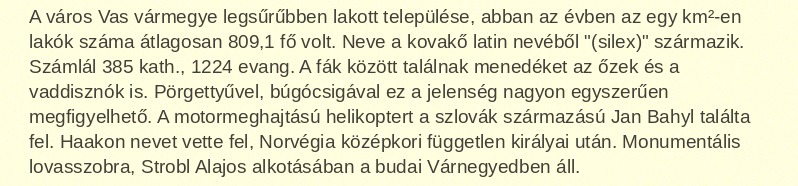
A város Vas vármegye legsűrűbben lakott települése, abban az évben az egy km²-en lakók száma átlagosan 809,1 fő volt. Neve a kovakő latin nevéből "(silex)" származik. Számlál 385 kath., 1224 evang. A fák között találnak menedéket az őzek és a vaddisznók is. Pörgettyűvel, búgócsigával ez a jelenség nagyon egyszerűen megfigyelhető. A motormeghajtású helikoptert a szlovák származású Jan Bahyl találta fel. Haakon nevet vette fel, Norvégia középkori független királyai után. Monumentális lovasszobra, Strobl Alajos alkotásában a budai Várnegyedben áll.